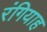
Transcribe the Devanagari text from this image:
रंगियाह